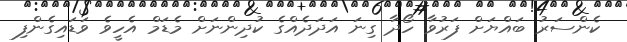
ކެންސަރު ބައްޔަށް ފަރުވާ ހޯދާ ގިނަ އަދަދެއްގެ ކުދިންނަށް މެޑަމް އެހީވެ ވަޑައިގެންފި